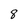
Character: 8